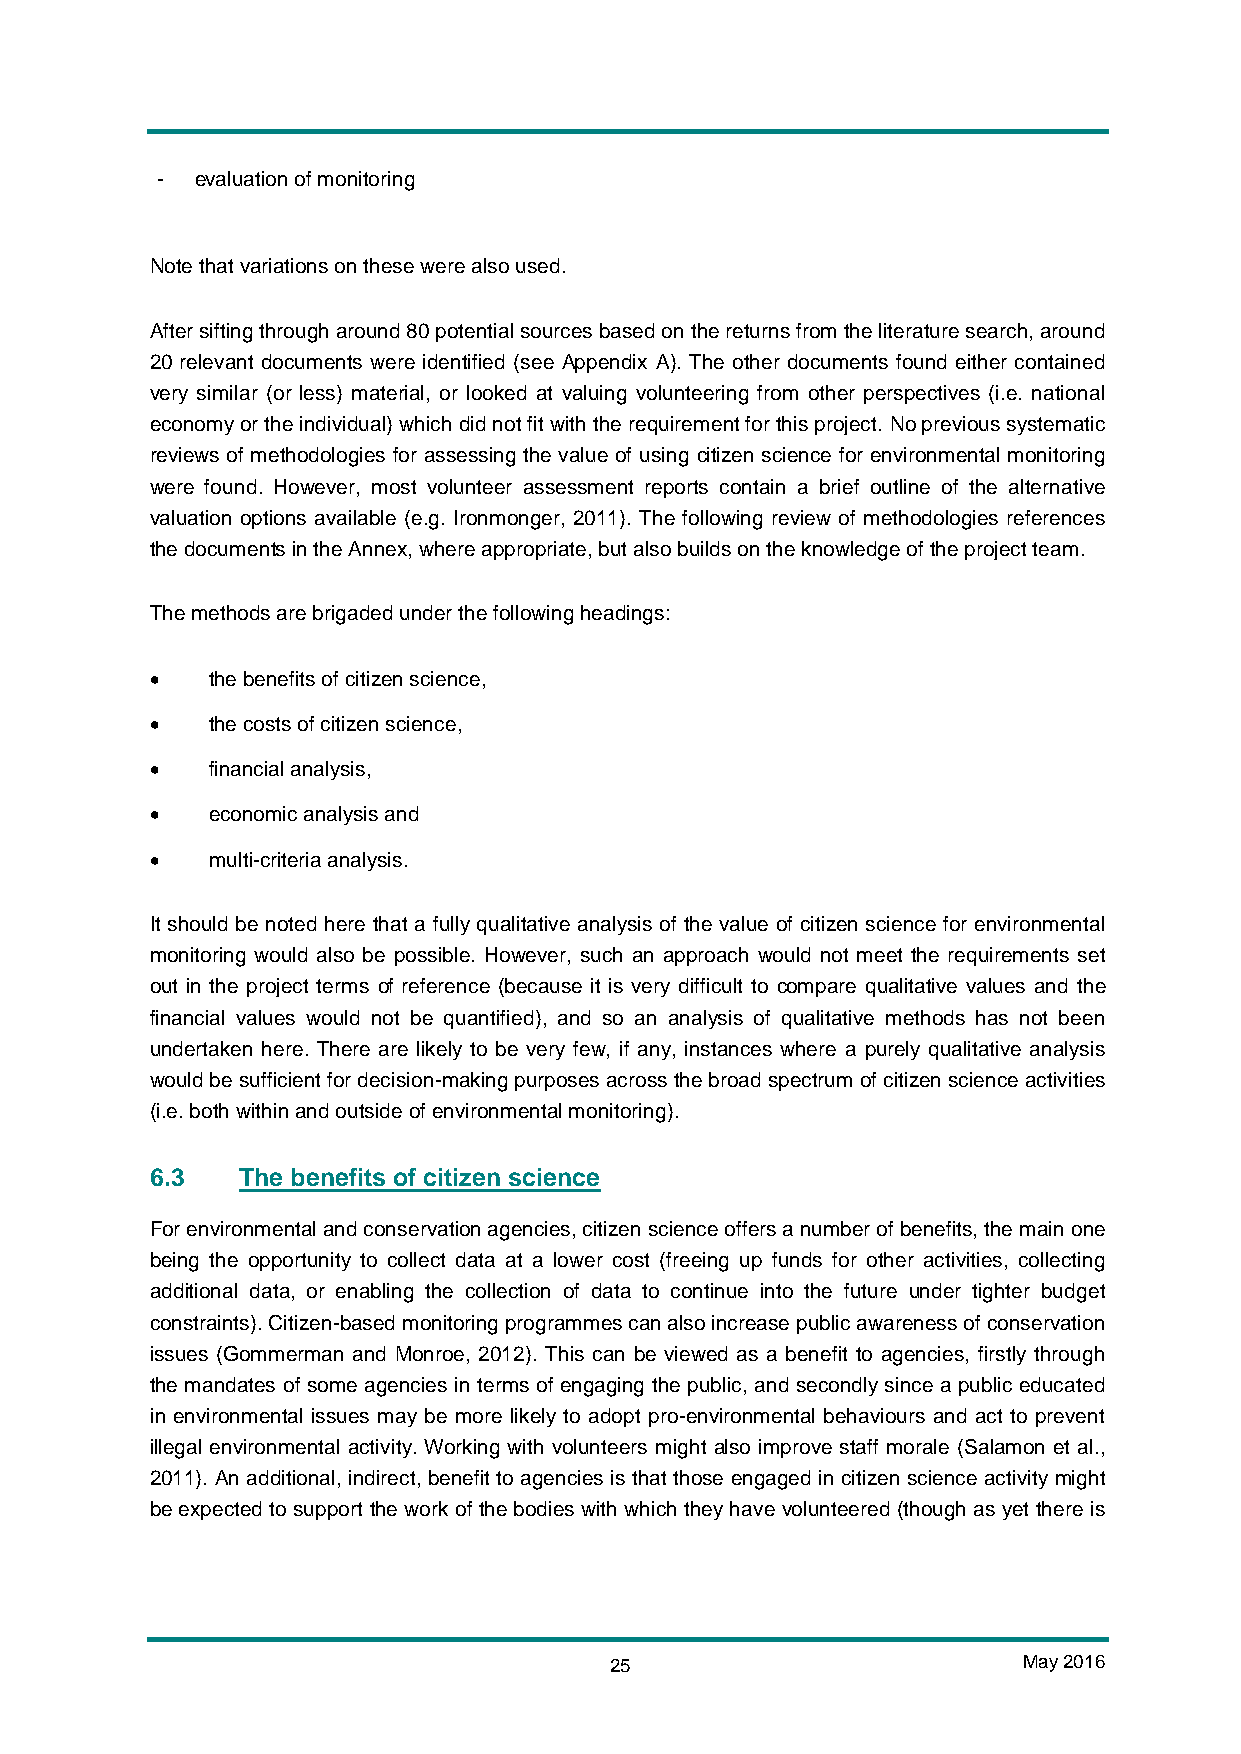
-  evaluation of monitoring
 Note that variations on these were also used.
 After sifting through around 80 potential sources based on the returns from the literature search, around
 20 relevant documents were identified (see Appendix A). The other documents found either contained
 very similar (or less) material, or looked at valuing volunteering from other perspectives (i.e. national
 economy or the individual) which did not fit with the requirement for this project. No previous systematic
 reviews of methodologies for assessing the value of using citizen science for environmental monitoring
 were found. However, most volunteer assessment reports contain a brief outline of the alternative
 valuation options available (e.g. Ironmonger, 2011). The following review of methodologies references
 the documents in the Annex, where appropriate, but also builds on the knowledge of the project team.
 The methods are brigaded under the following headings:
 •   the benefits of citizen science,
 •   the costs of citizen science,
 •   financial analysis,
 •   economic analysis and
 •   multi-criteria analysis.
 It should be noted here that a fully qualitative analysis of the value of citizen science for environmental
 monitoring would also be possible. However, such an approach would not meet the requirements set
 out in the project terms of reference (because it is very difficult to compare qualitative values and the
 financial values would not be quantified), and so an analysis of qualitative methods has not been
 undertaken here. There are likely to be very few, if any, instances where a purely qualitative analysis
 would be sufficient for decision-making purposes across the broad spectrum of citizen science activities
 (i.e. both within and outside of environmental monitoring).
 6.3   The benefits of citizen science
 For environmental and conservation agencies, citizen science offers a number of benefits, the main one
 being the opportunity to collect data at a lower cost (freeing up funds for other activities, collecting
 additional data, or enabling the collection of data to continue into the future under tighter budget
 constraints). Citizen-based monitoring programmes can also increase public awareness of conservation
 issues (Gommerman and Monroe, 2012). This can be viewed as a benefit to agencies, firstly through
 the mandates of some agencies in terms of engaging the public, and secondly since a public educated
 in environmental issues may be more likely to adopt pro-environmental behaviours and act to prevent
 illegal environmental activity. Working with volunteers might also improve staff morale (Salamon et al.,
 2011). An additional, indirect, benefit to agencies is that those engaged in citizen science activity might
 be expected to support the work of the bodies with which they have volunteered (though as yet there is
 25                          May 2016